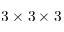
3 \times 3 \times 3